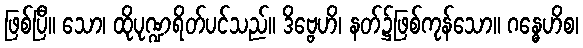
ဖြစ်ပြီ။ သော၊ ထိုပုဏ္ဍရိတ်ပင်သည်။ ဒိဗ္ဗေဟိ၊ နတ်၌ဖြစ်ကုန်သော။ ဂန္ဓေဟိစ၊